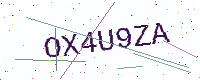
Text: OX4U9ZA